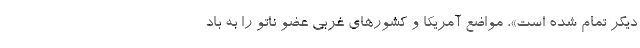
دیگر تمام شده است»، مواضع آمریکا و کشورهای غربی عضو ناتو را به باد